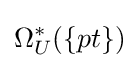
\Omega _{U}^{*}(\{pt\})